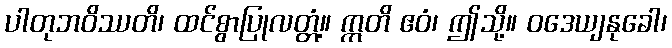
ပါတုဘဝိဿတိ၊ ထင်စွာပြုလတ္တံ့။ ဣတိ ဧဝံ၊ ဤသို့။ ဝဒေယျနုခေါ၊